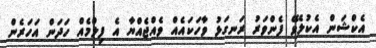
އެކްޝަން އެކުލެވޭ ފެންވަރު ރަނގަޅު ވާހަކައެއް ވެއްޖެއްޔާ އެ ފިލްމެއް ހަދަން އަހަރެން